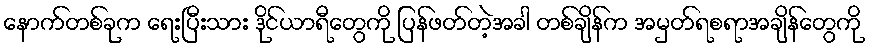
နောက်တစ်ခုက ရေးပြီးသား ဒိုင်ယာရီတွေကို ပြန်ဖတ်တဲ့အခါ တစ်ချိန်က အမှတ်ရစရာအချိန်တွေကို